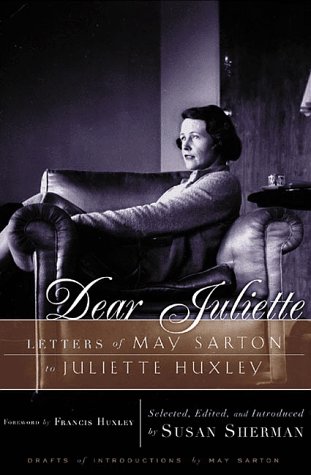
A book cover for Dear Juliette: Letters of May Sarton to Juliette Huxley; May Sarton; Gay & Lesbian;